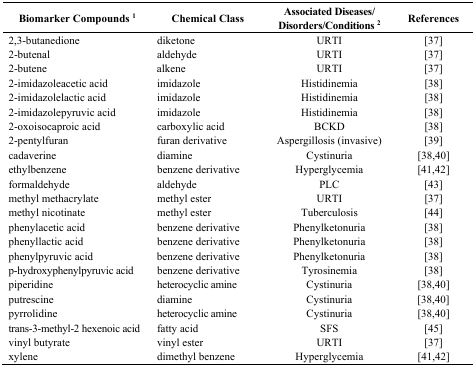
<table><thead><tr><td><b>Biomarker Compounds <sup>1</sup></b></td><td><b>Chemical Class</b></td><td><b>Associated Diseases/Disorders/Conditions <sup>2</sup></b></td><td><b>References</b></td></tr></thead><tbody><tr><td>2,3-butanedione</td><td>diketone</td><td>URTI</td><td>[37]</td></tr><tr><td>2-butenal</td><td>aldehyde</td><td>URTI</td><td>[37]</td></tr><tr><td>2-butene </td><td>alkene</td><td>URTI</td><td>[37]</td></tr><tr><td>2-imidazoleacetic acid</td><td>imidazole</td><td>Histidinemia</td><td>[38]</td></tr><tr><td>2-imidazolelactic acid</td><td>imidazole</td><td>Histidinemia</td><td>[38]</td></tr><tr><td>2-imidazolepyruvic acid</td><td>imidazole</td><td>Histidinemia</td><td>[38]</td></tr><tr><td>2-oxoisocaproic acid</td><td>carboxylic acid</td><td>BCKD</td><td>[38]</td></tr><tr><td>2-pentylfuran</td><td>furan derivative</td><td>Aspergillosis (invasive)</td><td>[39]</td></tr><tr><td>cadaverine</td><td>diamine</td><td>Cystinuria</td><td>[38,40]</td></tr><tr><td>ethylbenzene</td><td>benzene derivative</td><td>Hyperglycemia</td><td>[41,42]</td></tr><tr><td>formaldehyde</td><td>aldehyde</td><td>PLC</td><td>[43]</td></tr><tr><td>methyl methacrylate</td><td>methyl ester</td><td>URTI</td><td>[37]</td></tr><tr><td>methyl nicotinate</td><td>methyl ester</td><td>Tuberculosis</td><td>[44]</td></tr><tr><td>phenylacetic acid</td><td>benzene derivative</td><td>Phenylketonuria</td><td>[38]</td></tr><tr><td>phenyllactic acid</td><td>benzene derivative</td><td>Phenylketonuria</td><td>[38]</td></tr><tr><td>phenylpyruvic acid</td><td>benzene derivative</td><td>Phenylketonuria</td><td>[38]</td></tr><tr><td>p-hydroxyphenylpyruvic acid</td><td>benzene derivative</td><td>Tyrosinemia</td><td>[38]</td></tr><tr><td>piperidine</td><td>heterocyclic amine</td><td>Cystinuria</td><td>[38,40]</td></tr><tr><td>putrescine</td><td>diamine</td><td>Cystinuria</td><td>[38,40]</td></tr><tr><td>pyrrolidine</td><td>heterocyclic amine</td><td>Cystinuria</td><td>[38,40]</td></tr><tr><td>trans-3-methyl-2 hexenoic acid</td><td>fatty acid</td><td>SFS</td><td>[45]</td></tr><tr><td>vinyl butyrate</td><td>vinyl ester</td><td>URTI</td><td>[37]</td></tr><tr><td>xylene</td><td>dimethyl benzene</td><td>Hyperglycemia</td><td>[41,42]</td></tr></tbody></table>